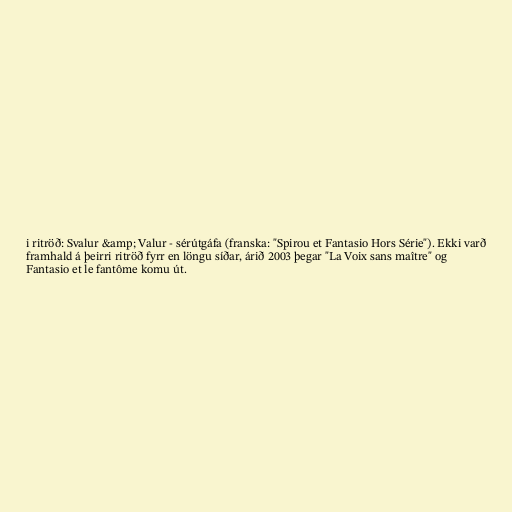
i ritröð: Svalur &amp; Valur - sérútgáfa (franska: "Spirou et Fantasio Hors Série"). Ekki varð
framhald á þeirri ritröð fyrr en löngu síðar, árið 2003 þegar "La Voix sans maître" og
Fantasio et le fantôme komu út.